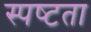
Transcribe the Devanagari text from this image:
स्‍पष्‍टता